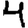
Digit: 4